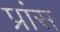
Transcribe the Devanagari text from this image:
प्रांस